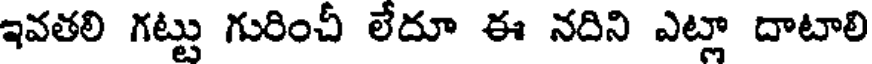
ఇవతలి గట్టు గురించీ లేదూ ఈ నదిని ఎట్లా దాటాలి